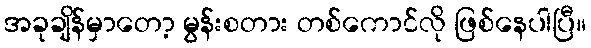
အခုချိန်မှာတော့ မွန်းစတား တစ်ကောင်လို ဖြစ်နေပါပြီ။